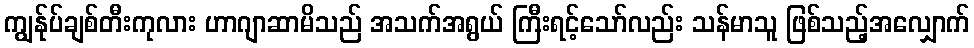
ကျွန်ုပ်ချစ်တီးကုလား ဟာဂျာဆာမိသည် အသက်အရွယ် ကြီးရင့်သော်လည်း သန်မာသူ ဖြစ်သည့်အလျှောက်